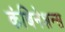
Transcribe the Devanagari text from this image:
कंबिनेशन्स